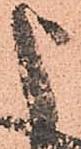
申